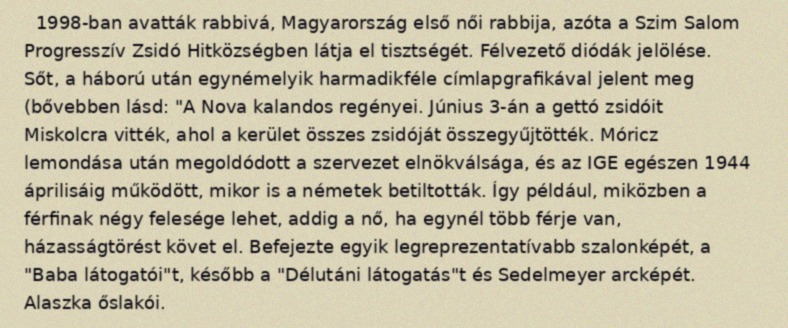
1998-ban avatták rabbivá, Magyarország első női rabbija, azóta a Szim Salom Progresszív Zsidó Hitközségben látja el tisztségét. Félvezető diódák jelölése. Sőt, a háború után egynémelyik harmadikféle címlapgrafikával jelent meg (bővebben lásd: "A Nova kalandos regényei. Június 3-án a gettó zsidóit Miskolcra vitték, ahol a kerület összes zsidóját összegyűjtötték. Móricz lemondása után megoldódott a szervezet elnökválsága, és az IGE egészen 1944 áprilisáig működött, mikor is a németek betiltották. Így például, miközben a férfinak négy felesége lehet, addig a nő, ha egynél több férje van, házasságtörést követ el. Befejezte egyik legreprezentatívabb szalonképét, a "Baba látogatói"t, később a "Délutáni látogatás"t és Sedelmeyer arcképét. Alaszka őslakói.